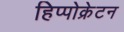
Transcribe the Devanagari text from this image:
हिप्पोक्रेटन